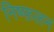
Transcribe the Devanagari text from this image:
निष्फ़लन